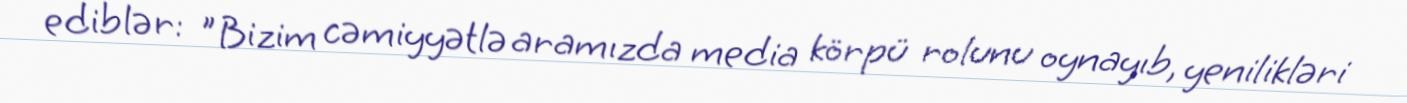
ediblər: "Bizim cəmiyyətlə aramızda media körpü rolunu oynayıb, yenilikləri